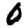
Digit: 0